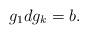
LaTeX: \begin{align*}g_1 d g_k = b.\end{align*}